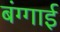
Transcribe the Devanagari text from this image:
बंग्गाई